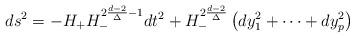
LaTeX: \begin{align*}ds^2=-H_+ H_-^{2{d-2\over \Delta}-1}dt^2+H_-^{2{d-2\over \Delta}}\left(dy^2_1+\dots+dy^2_p\right) \qquad\qquad\qquad\qquad\end{align*}